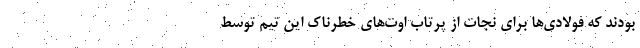
بودند که فولادی‌ها برای نجات از پرتاب اوت‌های خطرناک این تیم توسط